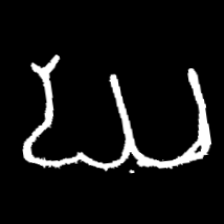
Pyu character \u2014 Myanmar letter: ဃ (romanized: gha)